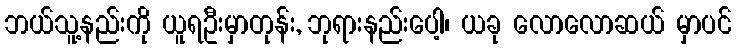
ဘယ်သူ့နည်းကို ယူရဦးမှာတုန်း, ဘုရားနည်းပေါ့၊ ယခု လောလောဆယ် မှာပင်